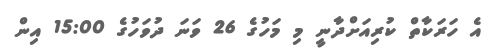
އެ ހަރަކާތް ކުރިއަށްދާނީ މި މަހުގެ 26 ވަނަ ދުވަހުގެ 15:00 އިން